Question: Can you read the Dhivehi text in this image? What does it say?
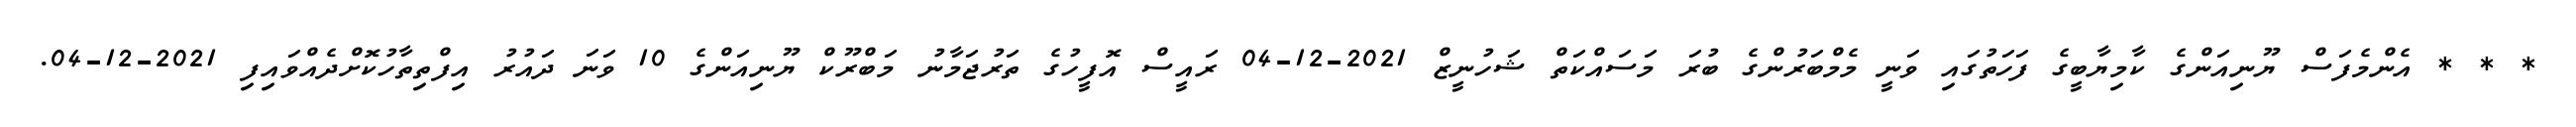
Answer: * * * އެންމެފަސް ޔޫނިއަންގެ ކާމިޔާބީގެ ފަހަތުގައި ވަނީ މެމްބަރުންގެ ބުރަ މަސައްކަތް ޝަހުނީޒް 2021-12-04 ރައީސް އޮފީހުގެ ތަރުޖަމާނު މަބްރޫކް ޔޫނިއަންގެ 10 ވަނަ ދައުރު އިފްތިތާހުކޮށްދެއްވައިފި 2021-12-04.